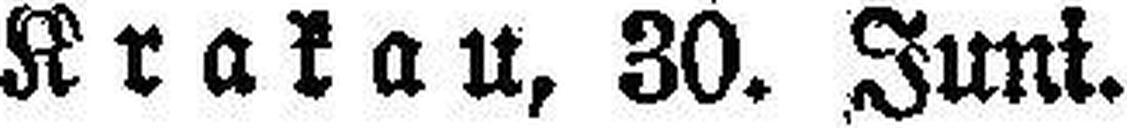
Krakau, 30. Juni.